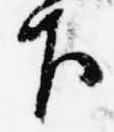
下